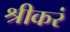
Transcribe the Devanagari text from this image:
श्रीकरं